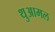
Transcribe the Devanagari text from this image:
थुआमल